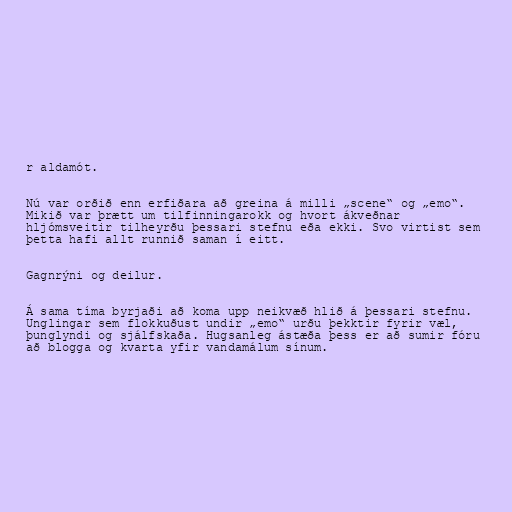
r aldamót.

Nú var orðið enn erfiðara að greina á milli „scene“ og „emo“.
Mikið var þrætt um tilfinningarokk og hvort ákveðnar
hljómsveitir tilheyrðu þessari stefnu eða ekki. Svo virtist sem
þetta hafi allt runnið saman í eitt.

Gagnrýni og deilur.

Á sama tíma byrjaði að koma upp neikvæð hlið á þessari stefnu.
Unglingar sem flokkuðust undir „emo“ urðu þekktir fyrir væl,
þunglyndi og sjálfskaða. Hugsanleg ástæða þess er að sumir fóru
að blogga og kvarta yfir vandamálum sínum.